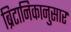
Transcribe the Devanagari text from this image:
ब्रिटानिकानुसार